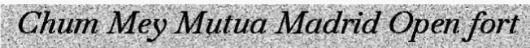
Chum Mey Mutua Madrid Open fort